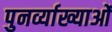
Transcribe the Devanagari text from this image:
पुनर्व्याख्याओं